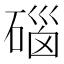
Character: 碯